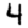
Digit: 4